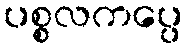
ပစ္စလကပ္ပေ